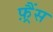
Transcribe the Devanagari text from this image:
फ़्रैंस